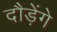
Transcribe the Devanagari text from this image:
दौड़ेंगे